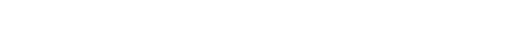
ပြောဆိုကြတယ်၊ ဘာမှလိုတာ မရှိပါဘူး၊ ဣသိဒါသီနဲ့တော့ တစ်အိမ်တည်း အတူ